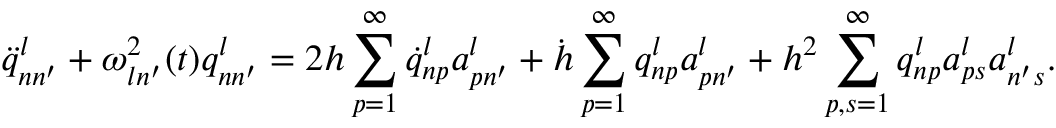
\ddot { q } _ { n n ^ { \prime } } ^ { l } + \omega _ { l n ^ { \prime } } ^ { 2 } ( t ) q _ { n n ^ { \prime } } ^ { l } = 2 h \sum _ { p = 1 } ^ { \infty } \dot { q } _ { n p } ^ { l } a _ { p n ^ { \prime } } ^ { l } + \dot { h } \sum _ { p = 1 } ^ { \infty } q _ { n p } ^ { l } a _ { p n ^ { \prime } } ^ { l } + h ^ { 2 } \sum _ { p , s = 1 } ^ { \infty } q _ { n p } ^ { l } a _ { p s } ^ { l } a _ { n ^ { \prime } s } ^ { l } .